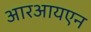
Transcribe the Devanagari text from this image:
आरआयएन